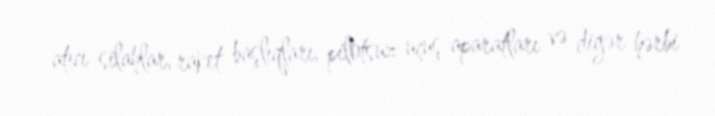
atıcı silahlar, raket başlıqları, pilotsuz uçuş aparatları və digər hərbi